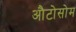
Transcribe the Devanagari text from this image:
औटोसोम